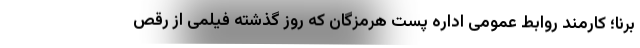
برنا؛ کارمند روابط عمومی اداره پست هرمزگان که روز گذشته فیلمی از رقص